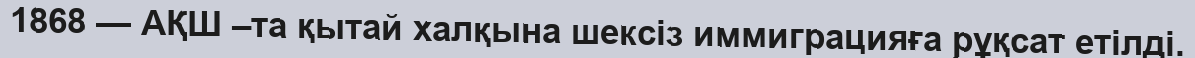
1868 — АҚШ –та қытай халқына шексіз иммиграцияға рұқсат етілді.